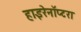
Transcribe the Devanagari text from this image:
हाइरेनॉप्टरा